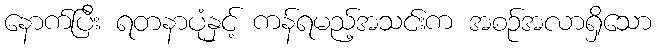
နောက်ပြီး ရတနာပုံနှင့် ကန်ရမည့်အသင်းက အစဉ်အလာရှိသော